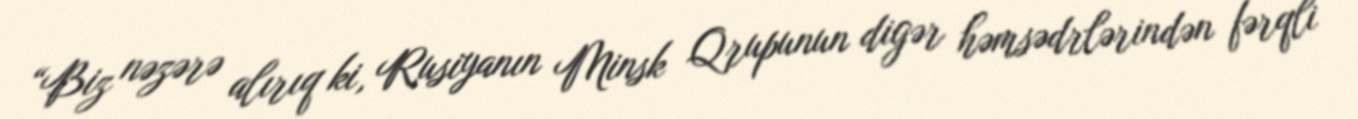
“Biz nəzərə alırıq ki, Rusiyanın Minsk Qrupunun digər həmsədrlərindən fərqli